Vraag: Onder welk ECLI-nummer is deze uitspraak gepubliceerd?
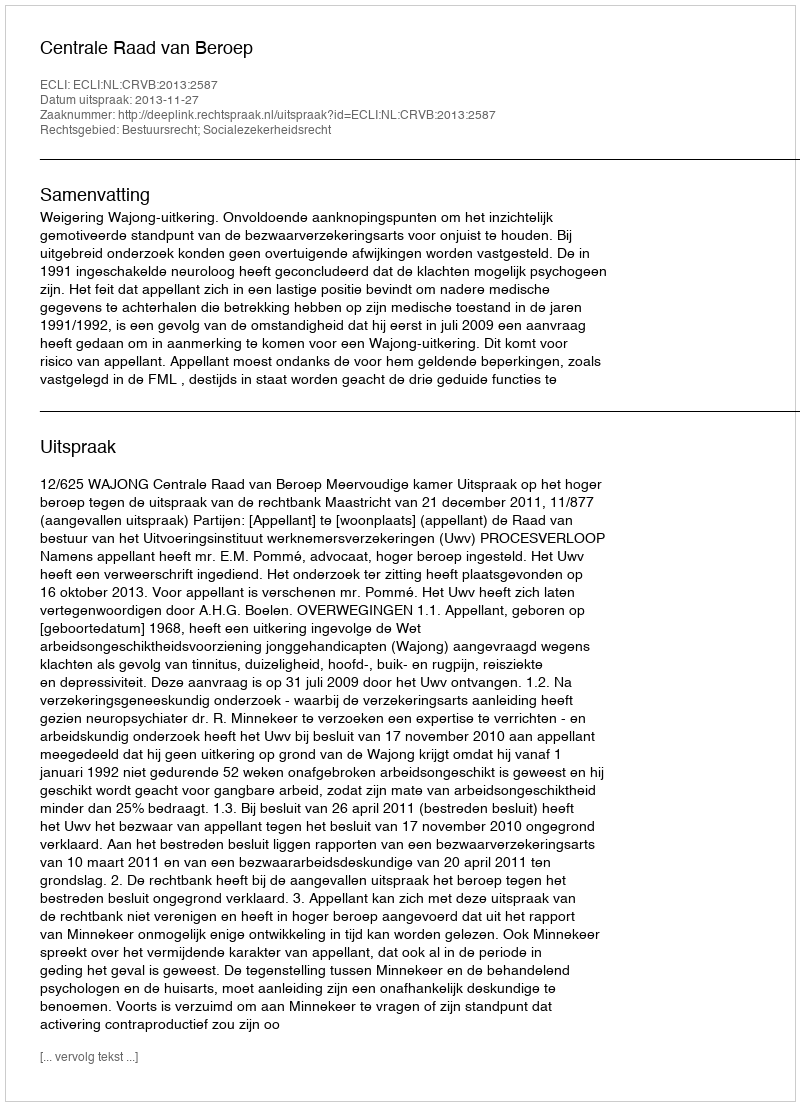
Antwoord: ECLI:NL:CRVB:2013:2587